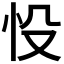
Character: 𢗎